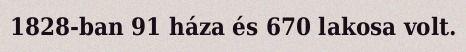
1828-ban 91 háza és 670 lakosa volt.